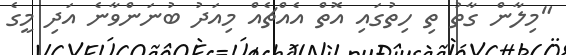
"މިލާން ގާތު ތި ހިތުގައި އޮތް އެއްޗެއް މިއަދު ބުނަންވާނެ އަދި މީގެ